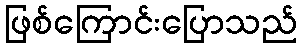
ဖြစ်ကြောင်းပြောသည်